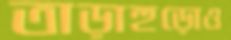
তাড়াহুড়োও